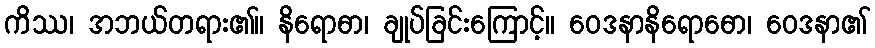
ကိဿ၊ အဘယ်တရား၏။ နိရောဓာ၊ ချုပ်ခြင်းကြောင့်။ ဝေဒနာနိရောဓော၊ ဝေဒနာ၏